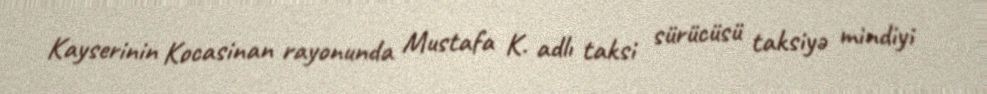
Kayserinin Kocasinan rayonunda Mustafa K. adlı taksi sürücüsü taksiyə mindiyi